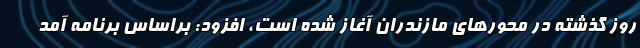
روز گذشته در محورهای مازندران آغاز شده است، افزود: براساس برنامه آمد